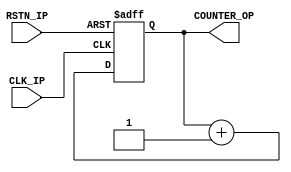
module hardware_counter(
    input CLK_IP,
    input RSTN_IP,
    output [31:0] COUNTER_OP
);

    reg [31:0] cycles;

    always @(posedge CLK_IP or negedge RSTN_IP) begin
        if(!RSTN_IP)begin
            cycles <= 32'd0;
        end else begin
            cycles <= cycles + 1;
        end
    end

    assign COUNTER_OP = cycles;

endmodule